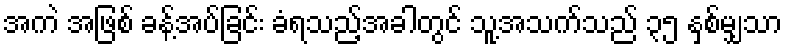
အကဲ အဖြစ် ခန့်အပ်ခြင်း ခံရသည့်အခါတွင် သူ့အသက်သည် ၃၅ နှစ်မျှသာ